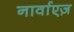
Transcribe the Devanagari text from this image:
नार्वाएज़